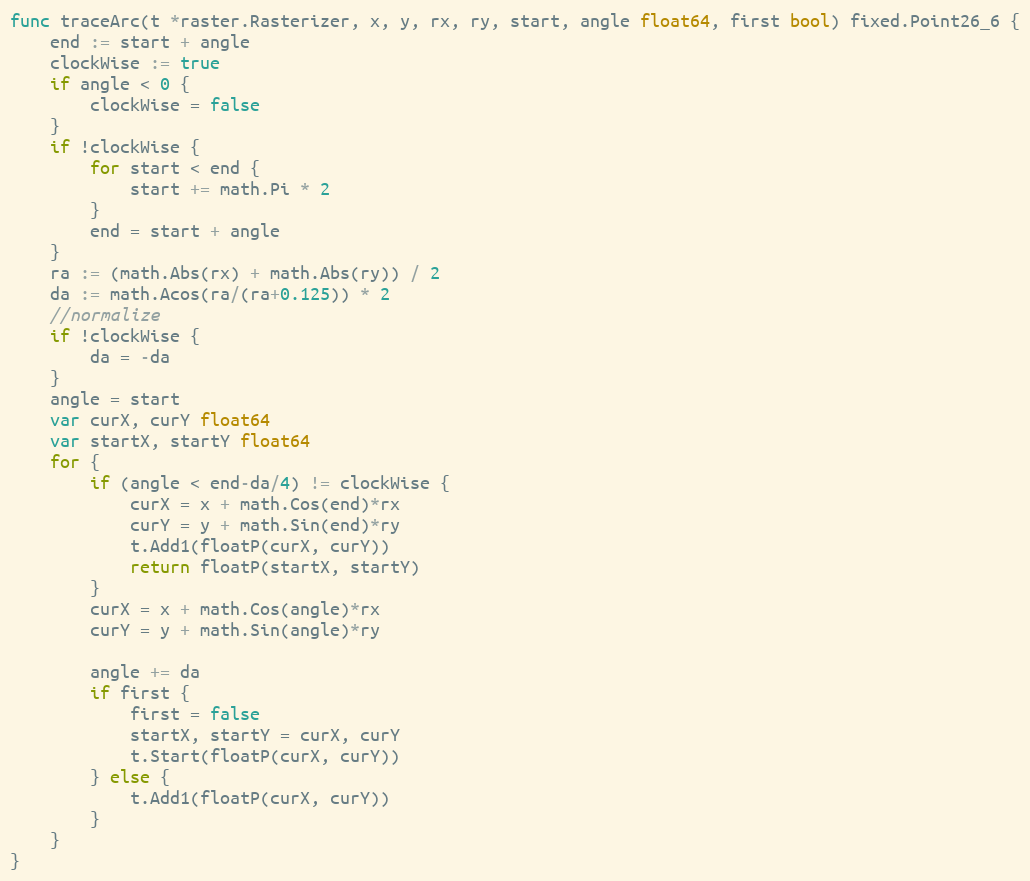
Language: Go
func traceArc(t *raster.Rasterizer, x, y, rx, ry, start, angle float64, first bool) fixed.Point26_6 {
	end := start + angle
	clockWise := true
	if angle < 0 {
		clockWise = false
	}
	if !clockWise {
		for start < end {
			start += math.Pi * 2
		}
		end = start + angle
	}
	ra := (math.Abs(rx) + math.Abs(ry)) / 2
	da := math.Acos(ra/(ra+0.125)) * 2
	//normalize
	if !clockWise {
		da = -da
	}
	angle = start
	var curX, curY float64
	var startX, startY float64
	for {
		if (angle < end-da/4) != clockWise {
			curX = x + math.Cos(end)*rx
			curY = y + math.Sin(end)*ry
			t.Add1(floatP(curX, curY))
			return floatP(startX, startY)
		}
		curX = x + math.Cos(angle)*rx
		curY = y + math.Sin(angle)*ry

		angle += da
		if first {
			first = false
			startX, startY = curX, curY
			t.Start(floatP(curX, curY))
		} else {
			t.Add1(floatP(curX, curY))
		}
	}
}